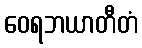
ဝေရဘယာတီတံ